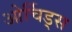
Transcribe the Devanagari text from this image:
ओर्चिड्स